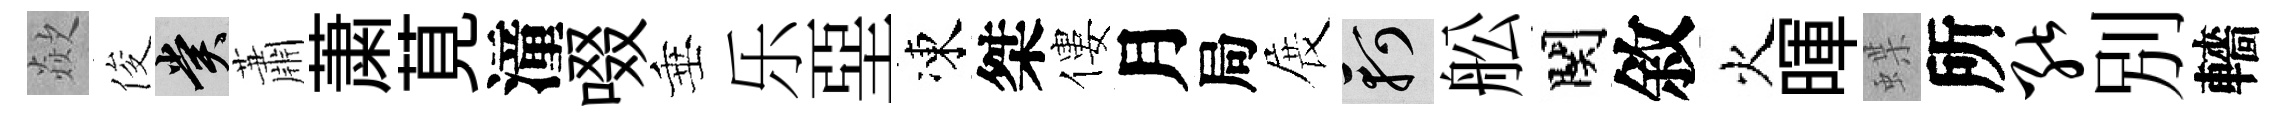
歘俊賞蕭䔥莧潼啜垂乐堊凍桀僂月局展軻舩関敘火暉蝶所能別轖